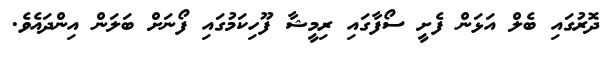
ދޮރުގައި ބެލް އަޅަން ފެށީ ސޯފާގައި ރިމީޝާ ފޫހިކަމުގައި ފޯނަށް ބަލަން އިންދައެވެ.